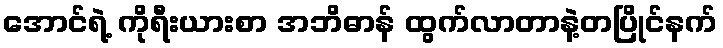
အောင်ရဲ့ ကိုရီးယားစာ အဘိဓာန် ထွက်လာတာနဲ့တပြိုင်နက်